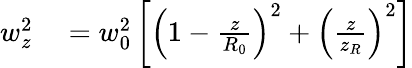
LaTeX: \begin{array}{rl}{w_{z}^{2}}&{{}=w_{0}^{2}\left[\left(1-\frac{z}{R_{0}}\right)^{2}+\left(\frac{z}{z_{R}}\right)^{2}\right]}\end{array}